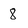
Character: 8